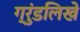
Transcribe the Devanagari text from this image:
ग्रुंडलिखे